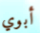
أبوي